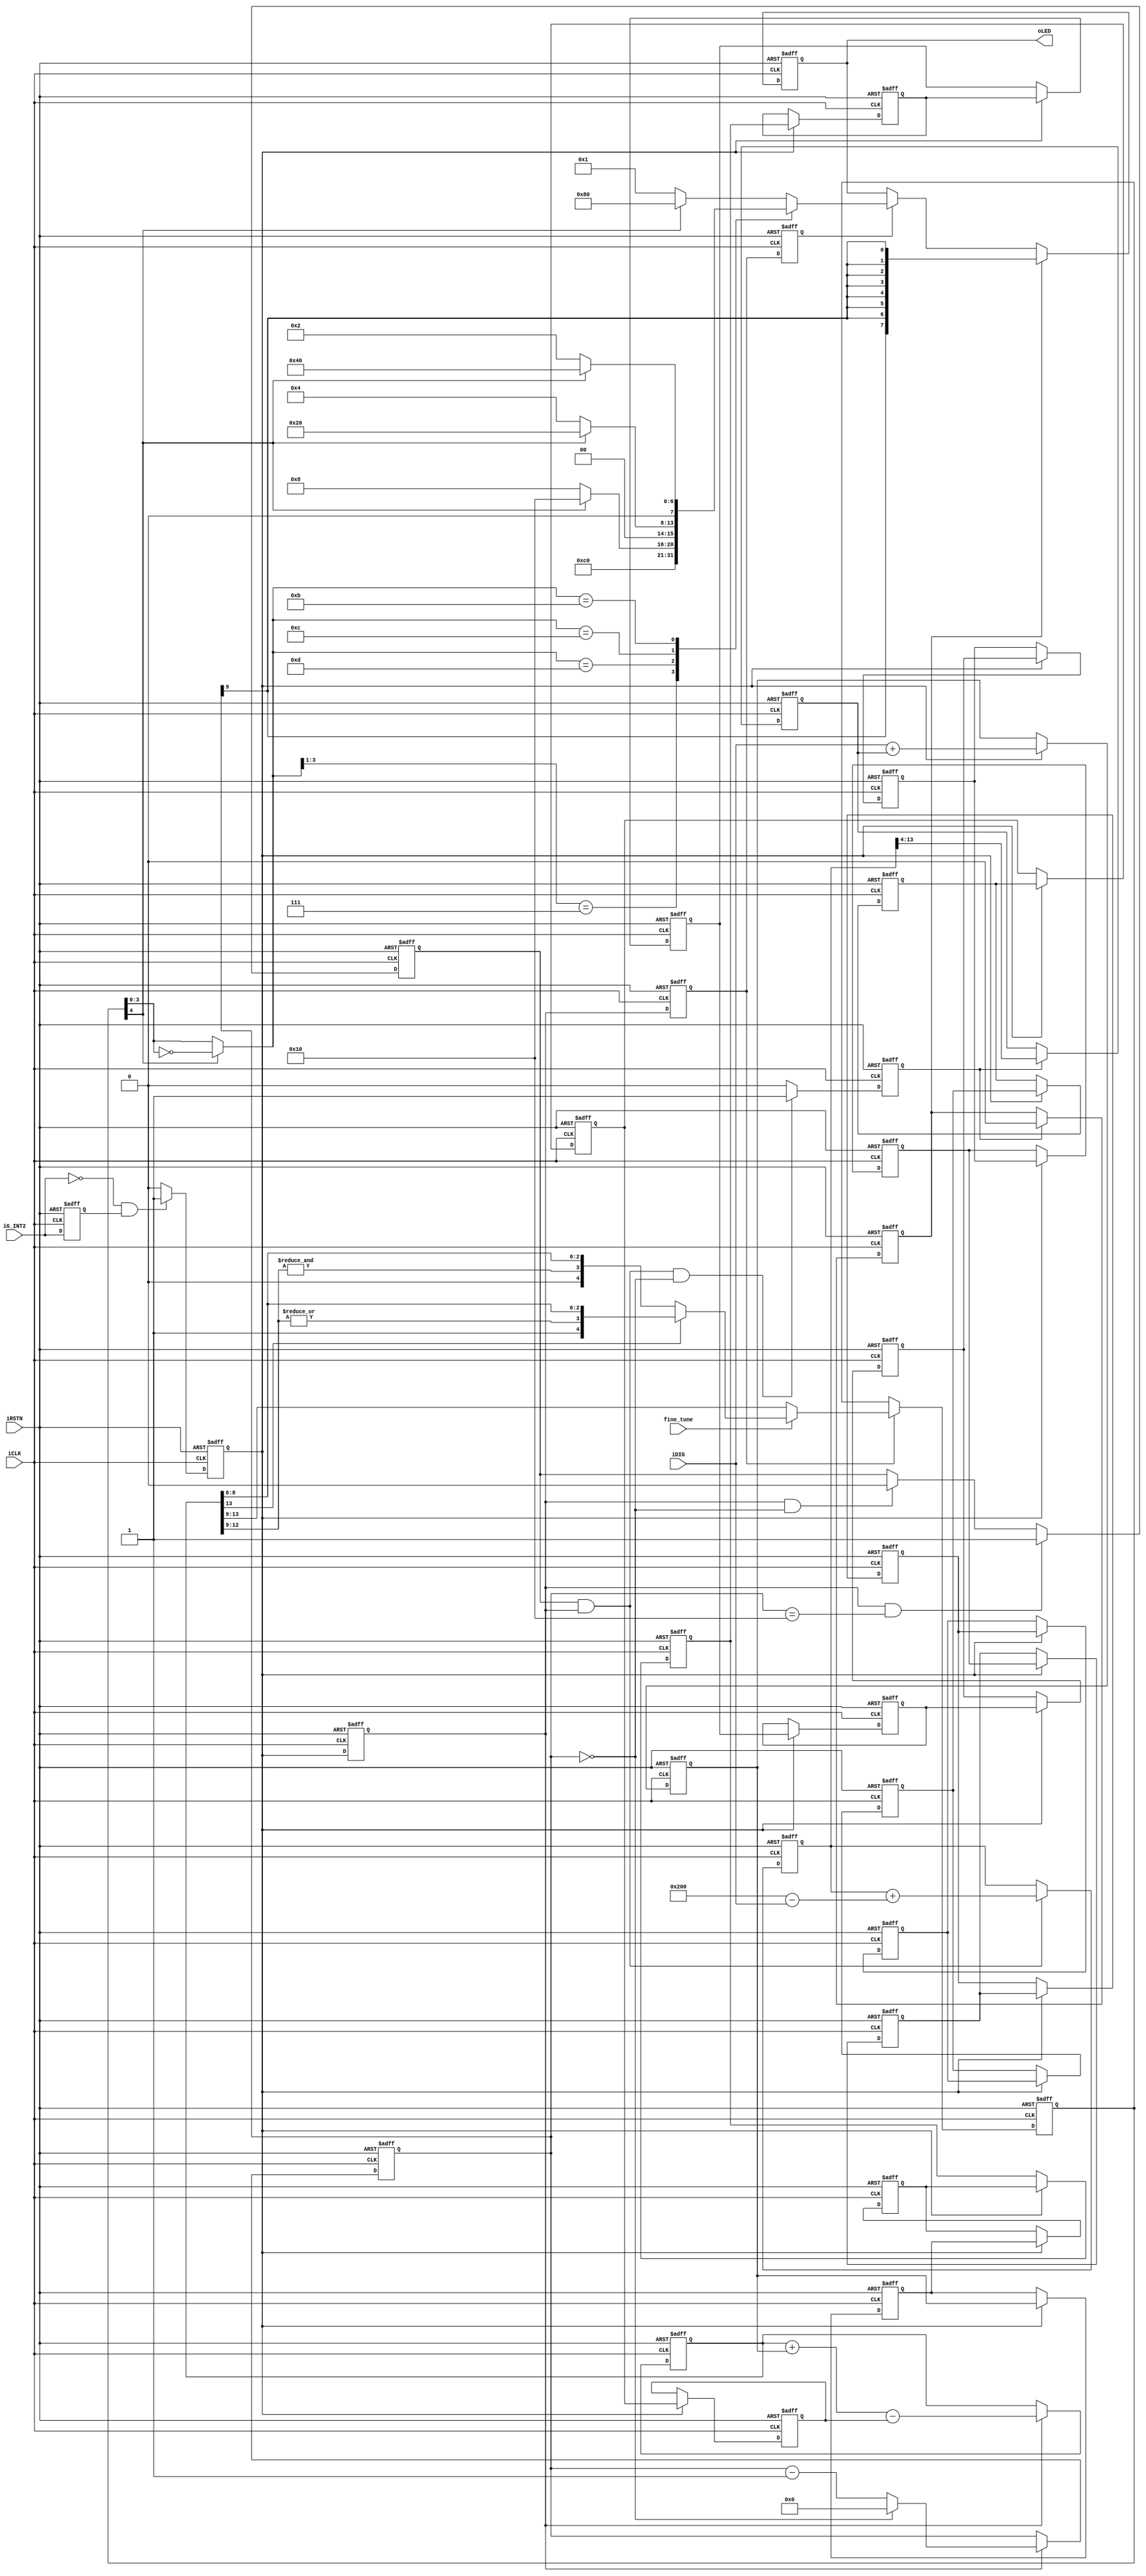
module led_driver (
  ////  System  ////
    ////  output  ////
    oLED,

    ////  input  ////
    iRSTN,
    iCLK,
    iDIG,
    iG_INT2,
    fine_tune

    ) ;

    input iRSTN ;
    input iCLK ;
    input [9:0] iDIG ;
    input iG_INT2 ;
    input fine_tune ;

    output [7:0] oLED ;

    reg [7:0] oLED ;

//=======================================================
//  REG/WIRE declarations
//=======================================================
    reg	[4:0] select_data ;
    wire signed_bit ;
    wire [3:0] abs_select_high ;
    
    reg ig_int2_dly ;
    reg dig_latch ;
    reg dig_acc_act ;
    reg [9:0] dig_1 ;
    reg [9:0] dig_2 ;
    reg [9:0] dig_3 ;
    reg [9:0] dig_4 ;
    reg [9:0] dig_5 ;
    reg [9:0] dig_6 ;
    reg [9:0] dig_7 ;
    reg [9:0] dig_8 ;
    reg [9:0] dig_9 ;
    reg [9:0] dig_10 ;
    reg [9:0] dig_11 ;
    reg [9:0] dig_12 ;
    reg [9:0] dig_13 ;
    reg [9:0] dig_14 ;
    reg [9:0] dig_15 ;
    reg [9:0] dig_16 ;
    reg [9:0] dig_17 ;
    reg [13:0] dig_acc ;
    wire [9:0] dig_new ;
    reg select_data_upd ;
    reg led_upd ;

    reg [9:0] dig_offset ;
    reg dig_offset_upd ;
    reg [13:0] dig_offset_acc ;
    reg dig_off_acc_enb ;
    reg [15:0] dig_offset_dcnt ;
    wire [9:0] pre_dig_offset ;
    reg det_dig_offset ;
//=======================================================
//  Structural coding
//=======================================================

  ////////  dig_offset bus  ////////////////
  always @(posedge iCLK or negedge iRSTN)
    begin
      if (!iRSTN)
        dig_offset <= 'b0 ;
      else
        if (dig_offset_upd)
          dig_offset <= dig_offset_acc[13:4] ;
        else
          dig_offset <= dig_offset ;
    end
  ////////  dig_offset bus end  ////////////////

  ////////  dig_offset_upd signal  ////////////////
  always @(posedge iCLK or negedge iRSTN)
    begin
      if (!iRSTN)
        dig_offset_upd <= 1'b0 ;
      else
        if ( dig_off_acc_enb  &&  dig_acc_act &&  ( dig_offset_dcnt == 16'h0000) )
          dig_offset_upd <= 1'b1 ;
        else
          dig_offset_upd <= 1'b0 ;
    end
  ////////  dig_offset_upd signal end  ////////////////

  ////////  dig_offset_acc bus  ////////////////
  always @(posedge iCLK or negedge iRSTN)
    begin
      if (!iRSTN)
        dig_offset_acc <= 'b0 ;
      else
        if (dig_off_acc_enb && dig_acc_act)
          dig_offset_acc <= dig_offset_acc + pre_dig_offset ;
        else
          dig_offset_acc <= dig_offset_acc ;
    end
  ////////  dig_offset_acc bus end  ////////////////

  ////////  dig_off_acc_enb signal  ////////////////
  always @(posedge iCLK or negedge iRSTN)
    begin
      if (!iRSTN)
        dig_off_acc_enb <= 1'b0 ;
      else
        if (dig_acc_act && (dig_offset_dcnt == 16'h0010))
          dig_off_acc_enb <= 1'b1 ;
        else
          if (dig_acc_act && (dig_offset_dcnt == 16'h0000))
            dig_off_acc_enb <= 1'b0 ;
          else
            dig_off_acc_enb <= dig_off_acc_enb ;
    end
  ////////  dig_off_acc_enb signal end  ////////////////

  ////////  dig_offset_dcnt bus  ////////////////
  always @(posedge iCLK or negedge iRSTN)
    begin
      if (!iRSTN)
        dig_offset_dcnt <= 16'h1390 / 4  ;  // 5sec * (1000ms/1ms)
      else
        if (dig_acc_act)
          if (dig_offset_dcnt == 16'h0000)
            dig_offset_dcnt <= 16'h0000 ;
          else
            dig_offset_dcnt <= dig_offset_dcnt - 1'b1 ;
        else
          dig_offset_dcnt <= dig_offset_dcnt ;
    end
  ////////  dig_offset_dcnt bus end  ////////////////

  ////////  pre_dig_offset bus  ////////////////
  assign pre_dig_offset = 10'h200 - iDIG ;
  ////////  pre_dig_offset bus end  ////////////////

  ////////  det_dig_offset signal  ////////////////
  always @(posedge iCLK or negedge iRSTN)
    begin
      if (!iRSTN)
        det_dig_offset <= 1'b1;
      else
        if (dig_offset_upd)
          det_dig_offset <= 1'b0 ;
        else
          det_dig_offset <= det_dig_offset ;
    end
  ////////  det_dig_offset signal end  ////////////////

  ////////  ig_int2_dly signal  ////////////////
  always @(posedge iCLK or negedge iRSTN)
    begin
      if (!iRSTN)
        ig_int2_dly <= 1'b0 ;
      else
        ig_int2_dly <= iG_INT2 ;
    end
  ////////  ig_int2_dly signal end  ////////////////

  ////////  dig_latch signal  ////////////////
  always @(posedge iCLK or negedge iRSTN)
    begin
      if (!iRSTN)
        dig_latch <= 1'b0 ;
      else
        if (!iG_INT2 && ig_int2_dly)
          dig_latch <= 1'b1 ;
        else
          dig_latch <= 1'b0 ;
    end
  ////////  dig_latch signal end  ////////////////

  ////////  dig_acc_act signal  ////////////////
  always @(posedge iCLK or negedge iRSTN)
    begin
      if (!iRSTN)
        dig_acc_act <= 1'b0 ;
      else
        dig_acc_act <= dig_latch ;
    end
  ////////  dig_acc_act signal end  ////////////////

  ////////  iDIG to dig_17 shift  ////////////////
  always @(posedge iCLK or negedge iRSTN)
    begin
      if (!iRSTN)
        begin
          dig_1  <= 'b0 ;
          dig_2  <= 'b0 ;
          dig_3  <= 'b0 ;
          dig_4  <= 'b0 ;
          dig_5  <= 'b0 ;
          dig_6  <= 'b0 ;
          dig_7  <= 'b0 ;
          dig_8  <= 'b0 ;
          dig_9  <= 'b0 ;
          dig_10 <= 'b0 ;
          dig_11 <= 'b0 ;
          dig_12 <= 'b0 ;
          dig_13 <= 'b0 ;
          dig_14 <= 'b0 ;
          dig_15 <= 'b0 ;
          dig_16 <= 'b0 ;
          dig_17 <= 'b0 ;
        end
      else
        if (dig_latch)
          begin
            dig_1  <= iDIG + dig_offset ;
            dig_2  <= dig_1  ;
            dig_3  <= dig_2  ;
            dig_4  <= dig_3  ;
            dig_5  <= dig_4  ;
            dig_6  <= dig_5  ;
            dig_7  <= dig_6  ;
            dig_8  <= dig_7  ;
            dig_9  <= dig_8  ;
            dig_10 <= dig_9  ;
            dig_11 <= dig_10 ;
            dig_12 <= dig_11 ;
            dig_13 <= dig_12 ;
            dig_14 <= dig_13 ;
            dig_15 <= dig_14 ;
            dig_16 <= dig_15 ;
            dig_17 <= dig_16 ;
          end
        else
          begin
            dig_1  <= dig_1  ;
            dig_2  <= dig_2  ;
            dig_3  <= dig_3  ;
            dig_4  <= dig_4  ;
            dig_5  <= dig_5  ;
            dig_6  <= dig_6  ;
            dig_7  <= dig_7  ;
            dig_8  <= dig_8  ;
            dig_9  <= dig_9  ;
            dig_10 <= dig_10 ;
            dig_11 <= dig_11 ;
            dig_12 <= dig_12 ;
            dig_13 <= dig_13 ;
            dig_14 <= dig_14 ;
            dig_15 <= dig_15 ;
            dig_16 <= dig_16 ;
            dig_17 <= dig_17 ;
          end
    end
  ////////  iDIG to dig_17 shift end  ////////////////

  ////////  dig_acc bus  ////////////////
  always @(posedge iCLK or negedge iRSTN)
    begin
      if (!iRSTN)
        dig_acc <= 'b0 ;
      else
        if (dig_acc_act)
          dig_acc <= dig_acc + dig_1 - dig_17 ;
        else
          dig_acc <= dig_acc ;
    end
  ////////  dig_acc bus end  ////////////////

  ////////  dig_new bus  ////////////////
  assign dig_new = dig_acc[13:4] ;
  ////////  dig_new bus end  ////////////////

  ////////  select_data_upd signal  ////////////////
  always @(posedge iCLK or negedge iRSTN)
    begin
      if (!iRSTN)
        select_data_upd <= 1'b0 ;
      else
        select_data_upd <= dig_acc_act ;
    end
  ////////  select_data_upd signal end  ////////////////

  ////////  led_upd signal  ////////////////
  always @(posedge iCLK or negedge iRSTN)
    begin
      if (!iRSTN)
        led_upd <= 1'b0 ;
      else
        led_upd <= select_data_upd ;
    end
  ////////  led_upd signal end  ////////////////


  ////////  select_data bus  ////////////////
  always @(posedge iCLK or negedge iRSTN)
    begin
      if (!iRSTN)
        select_data <= 'b0 ;
      else
        if (select_data_upd)
          if (fine_tune)
            if (dig_new[9])
              select_data <= {dig_new[9], |dig_new[8:5], dig_new[4:2]} ;
            else
              select_data <= {dig_new[9], &dig_new[8:5], dig_new[4:2]} ;
          else
            select_data <= dig_new[9:5] ;
        else
          select_data <= select_data ;
    end
  ////////  select_data bus end  ////////////////

assign signed_bit = select_data[4];
assign abs_select_high = signed_bit ? ~select_data[3:0] : select_data[3:0]; // the negitive number here is the 2's complement - 1

  ////////  oLED bus  ////////////////
  always @(posedge iCLK or negedge iRSTN)
    begin
      if (!iRSTN)
        oLED <= 8'h00 ;
      else
        if (det_dig_offset)
          oLED <= {8{dig_offset_dcnt[9]}} ;
        else
          if (led_upd)
            casex(abs_select_high[3:0])  // synopsys parallel_case
              4'b111x : oLED <= 8'b0001_1000 ;
              4'b1101 :
                begin
                  if (signed_bit)
                    oLED <= 8'b0001_0000 ;
                  else
                    oLED <= 8'b0000_1000 ;
                end
              4'b1100 :
                begin
                  if (signed_bit)
                    oLED <= 8'b0010_0000 ;
                  else
                    oLED <= 8'b0000_0100 ;
                end
              4'b1011 :
                begin
                  if (signed_bit)
                    oLED <= 8'b0100_0000 ;
                  else
                    oLED <= 8'b0000_0010 ;
                end
              4'b1001 :
                begin
                  if (signed_bit)
                    oLED <= 8'b1000_0000 ;
                  else
                    oLED <= 8'b0000_0001 ;
                end
              default :
                begin
                  if (signed_bit)
                    oLED <= 8'b1000_0000 ;
                  else
                    oLED <= 8'b0000_0001 ;
                end
            endcase 
          else
            oLED <= oLED ;
    end
  ////////  oLED bus end  ////////////////

endmodule